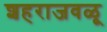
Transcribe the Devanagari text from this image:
शहराजवळू